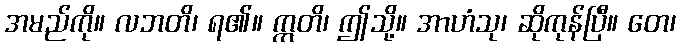
အမည်ကို။ လဘတိ၊ ရ၏။ ဣတိ၊ ဤသို့။ အာဟံသု၊ ဆိုကုန်ပြီ။ တေ၊